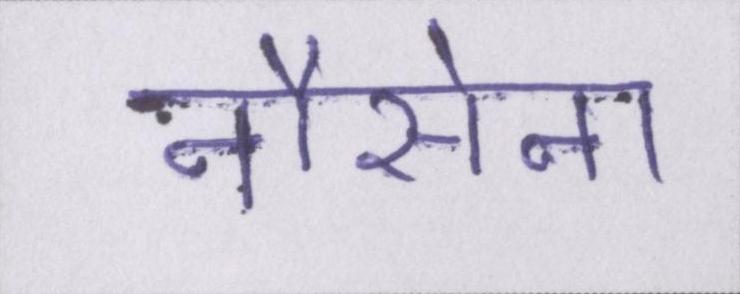
नौसेना